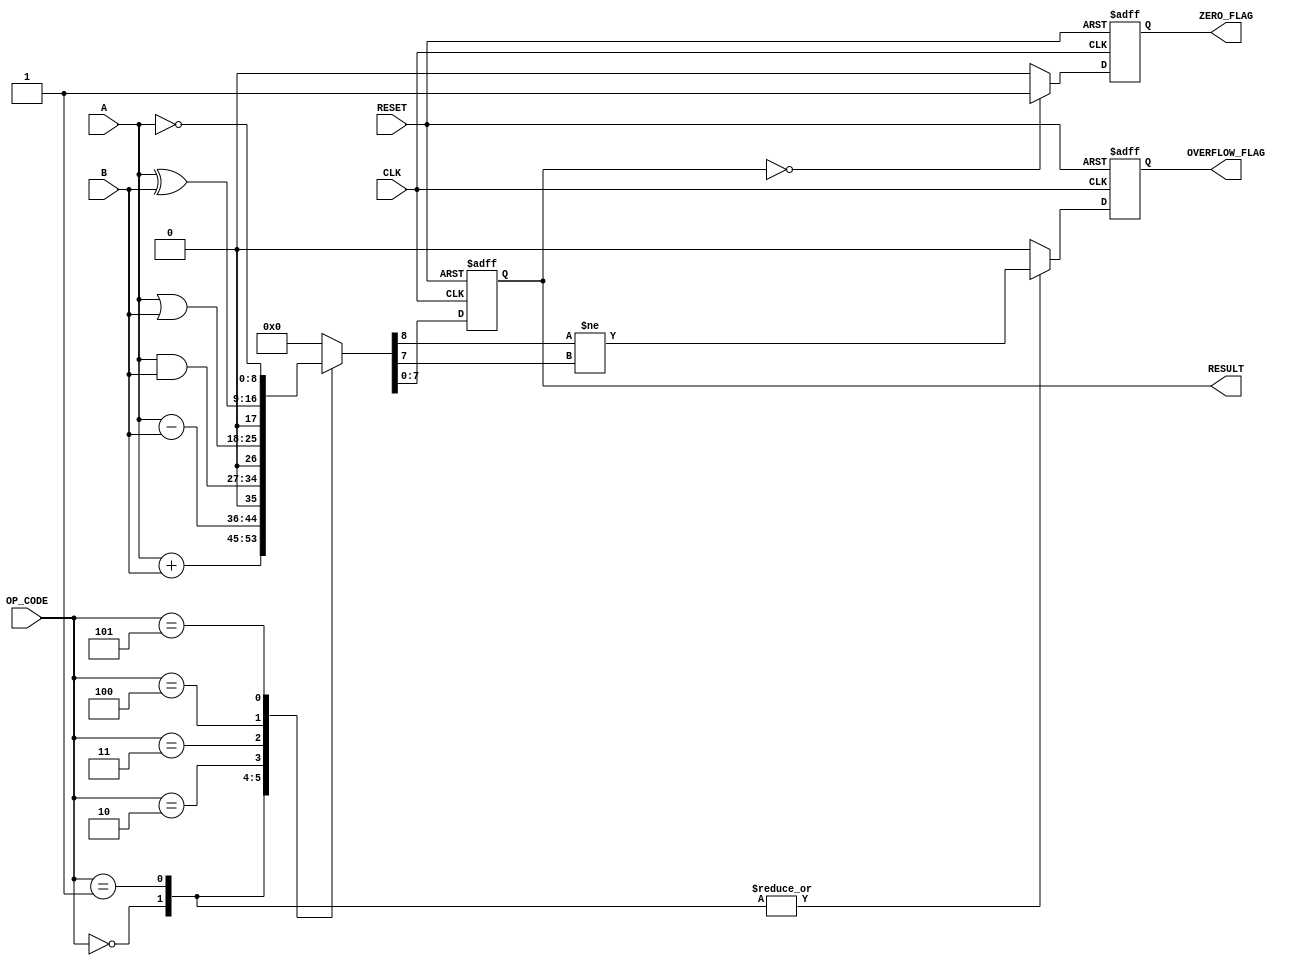
module ParameterizedALU #(
    parameter DATA_WIDTH = 8,           // Bit width of the ALU
    parameter OPERATION_MODE = 4        // Number of operations supported
) (
    input  wire [DATA_WIDTH-1:0] A,    // First operand
    input  wire [DATA_WIDTH-1:0] B,    // Second operand
    input  wire [OPERATION_MODE-1:0] OP_CODE, // Operation code
    input  wire CLK,                    // Clock signal
    input  wire RESET,                  // Asynchronous reset
    output reg [DATA_WIDTH-1:0] RESULT, // Result of the operation
    output reg ZERO_FLAG,               // Zero flag
    output reg OVERFLOW_FLAG             // Overflow flag
);

    // Internal signals
    reg [DATA_WIDTH:0] temp_result; // Extra bit for overflow detection

    // Combinational logic for ALU operations
    always @(*) begin
        case (OP_CODE)
            4'b0000: temp_result = A + B;                  // Addition
            4'b0001: temp_result = A - B;                  // Subtraction
            4'b0010: temp_result = A & B;                  // AND
            4'b0011: temp_result = A | B;                  // OR
            4'b0100: temp_result = A ^ B;                  // XOR
            4'b0101: temp_result = ~A;                     // NOT A
            // Add more operations as needed
            default: temp_result = 0;                       // Default case
        endcase
    end

    // Sequential logic for result and flags
    always @(posedge CLK or posedge RESET) begin
        if (RESET) begin
            RESULT <= 0;
            ZERO_FLAG <= 0;
            OVERFLOW_FLAG <= 0;
        end else begin
            RESULT <= temp_result[DATA_WIDTH-1:0]; // Assign result without overflow bit
            
            // Zero flag logic
            ZERO_FLAG <= (RESULT == 0) ? 1'b1 : 1'b0;

            // Overflow detection for addition and subtraction
            case (OP_CODE)
                4'b0000: OVERFLOW_FLAG <= (temp_result[DATA_WIDTH] != temp_result[DATA_WIDTH-1]); // Addition overflow
                4'b0001: OVERFLOW_FLAG <= (temp_result[DATA_WIDTH] != temp_result[DATA_WIDTH-1]); // Subtraction overflow
                default: OVERFLOW_FLAG <= 1'b0; // No overflow for logical operations
            endcase
        end
    end

endmodule